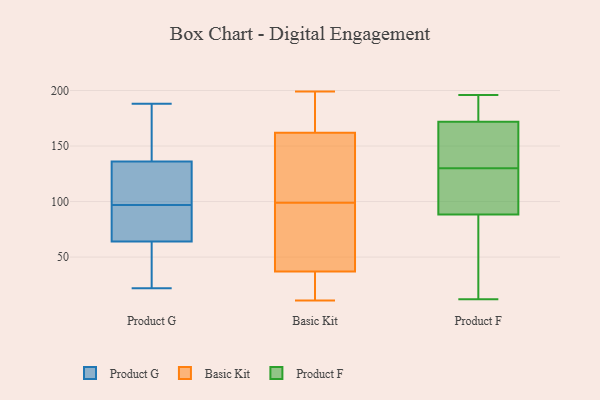
{"axis": {"x": "Inventory Turnover", "y": "Value"}, "legend": ["Basic Kit", "Product F", "Product G"], "data": [{"x": "", "y": 188, "type": "Product G"}, {"x": "", "y": 181, "type": "Product G"}, {"x": "", "y": 22, "type": "Product G"}, {"x": "", "y": 136, "type": "Product G"}, {"x": "", "y": 120, "type": "Product G"}, {"x": "", "y": 89, "type": "Product G"}, {"x": "", "y": 105, "type": "Product G"}, {"x": "", "y": 64, "type": "Product G"}, {"x": "", "y": 87, "type": "Product G"}, {"x": "", "y": 25, "type": "Product G"}, {"x": "", "y": 104, "type": "Basic Kit"}, {"x": "", "y": 193, "type": "Basic Kit"}, {"x": "", "y": 11, "type": "Basic Kit"}, {"x": "", "y": 168, "type": "Basic Kit"}, {"x": "", "y": 199, "type": "Basic Kit"}, {"x": "", "y": 21, "type": "Basic Kit"}, {"x": "", "y": 85, "type": "Basic Kit"}, {"x": "", "y": 83, "type": "Basic Kit"}, {"x": "", "y": 37, "type": "Basic Kit"}, {"x": "", "y": 34, "type": "Basic Kit"}, {"x": "", "y": 24, "type": "Basic Kit"}, {"x": "", "y": 48, "type": "Basic Kit"}, {"x": "", "y": 117, "type": "Basic Kit"}, {"x": "", "y": 137, "type": "Basic Kit"}, {"x": "", "y": 171, "type": "Basic Kit"}, {"x": "", "y": 162, "type": "Basic Kit"}, {"x": "", "y": 140, "type": "Basic Kit"}, {"x": "", "y": 94, "type": "Basic Kit"}, {"x": "", "y": 121, "type": "Product F"}, {"x": "", "y": 83, "type": "Product F"}, {"x": "", "y": 82, "type": "Product F"}, {"x": "", "y": 175, "type": "Product F"}, {"x": "", "y": 84, "type": "Product F"}, {"x": "", "y": 12, "type": "Product F"}, {"x": "", "y": 196, "type": "Product F"}, {"x": "", "y": 162, "type": "Product F"}, {"x": "", "y": 40, "type": "Product F"}, {"x": "", "y": 101, "type": "Product F"}, {"x": "", "y": 162, "type": "Product F"}, {"x": "", "y": 112, "type": "Product F"}, {"x": "", "y": 130, "type": "Product F"}, {"x": "", "y": 187, "type": "Product F"}, {"x": "", "y": 142, "type": "Product F"}, {"x": "", "y": 182, "type": "Product F"}, {"x": "", "y": 162, "type": "Product F"}, {"x": "", "y": 194, "type": "Product F"}, {"x": "", "y": 118, "type": "Product F"}]}